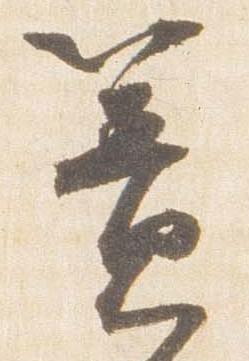
簀